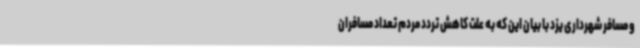
و مسافر شهرداری یزد با بیان این که به علت کاهش تردد مردم تعداد مسافران